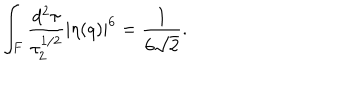
LaTeX: \int _ { F } \frac { d ^ { 2 } \tau } { \tau _ { 2 } ^ { 1 / 2 } } | \eta ( q ) | ^ { 6 } = \frac { 1 } { 6 \sqrt { 2 } } .